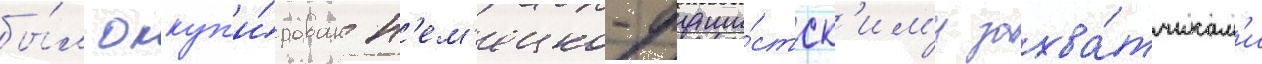
бы́л оккуп'и́рован н'ем'ецко-фаши́стск'им'и захва́тчикам'и